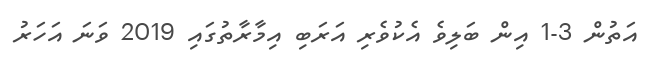
އަތުން 3-1 އިން ބަލިވެ އެކުވެރި އަރަބި އިމާރާތުގައި 2019 ވަނަ އަހަރު